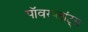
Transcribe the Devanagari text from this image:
पॉवरप्लांट्स